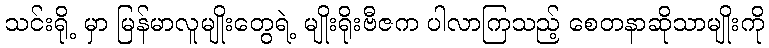
သင်းရို့ မှာ မြန်မာလူမျိုးတွေရဲ့ မျိုးရိုးဗီဇက ပါလာကြသည့် စေတနာဆိုသာမျိုးကို